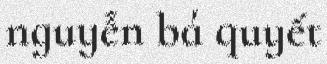
nguyễn bá quyết